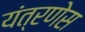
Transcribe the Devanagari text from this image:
यंत्रणेस